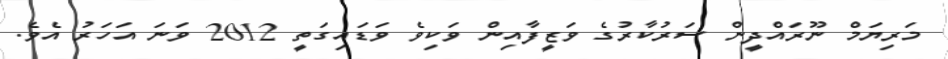
މަރިޔަމް ނޫރައްދީން ސަރުކާރުގެ ވަޒީފާއިން ވަކިވެ ވަޑައިގަތީ 2012 ވަނަ އަހަރު އެވެ.